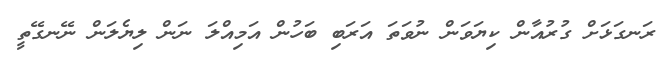
ރަނގަޅަށް ގުރުއާން ކިޔަވަން ނުވަތަ އަރަބި ބަހުން އަމިއްލަ ނަން ލިޔެލަން ނޭނގޭތީ